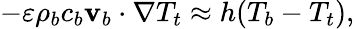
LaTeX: \begin{array}{r}{-\varepsilon\rho_{b}c_{b}\mathbf v_{b}\cdot\nabla T_{t}\approx h(T_{b}-T_{t}),}\end{array}